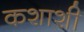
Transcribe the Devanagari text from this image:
कशाशी